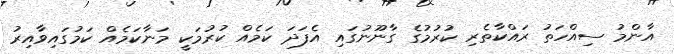
އާންމު ސިއްހަތު ރައްކާތެރި ކުރުމުގެ ގާނޫނުގައި އެފަދަ ކަމެއް ކުރުމަކީ މަނާކަމެއް ކަމުގައިވާއިރު